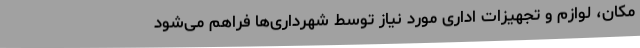
مکان، لوازم و تجهیزات اداری مورد نیاز توسط شهرداری‌ها فراهم می‌شود